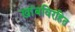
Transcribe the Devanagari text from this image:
खांबविरहित